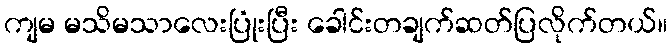
ကျမ မသိမသာလေးပြုံးပြီး ခေါင်းတချက်ဆတ်ပြလိုက်တယ်။